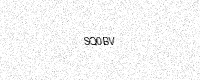
Text: SQ0BV